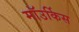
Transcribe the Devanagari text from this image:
माॅउर्किस